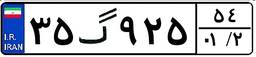
۳۵گ۹۲۵۵۴